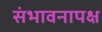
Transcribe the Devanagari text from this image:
संभावनापक्ष